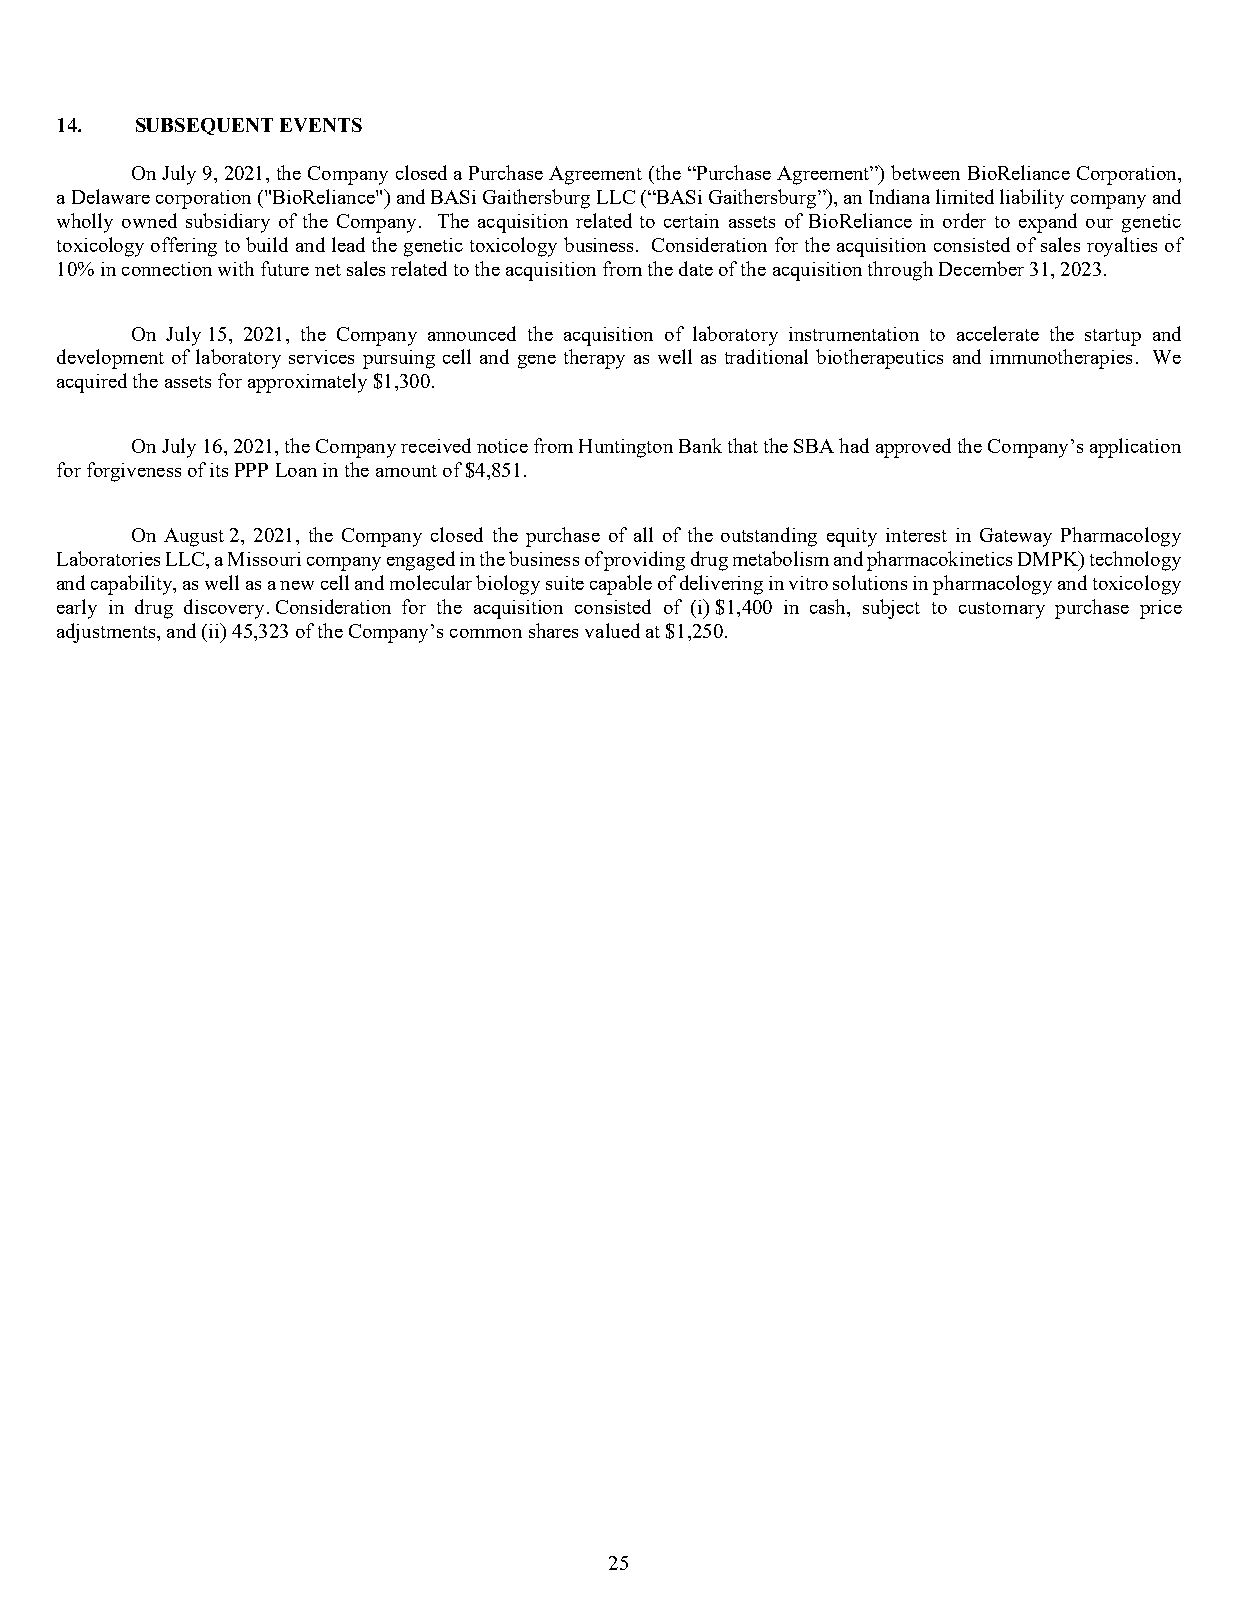
14.  SUBSEQUENT EVENTS
 On July 9, 2021, the Company closed a Purchase Agreement (the “Purchase Agreement”) between BioReliance Corporation,
 a Delaware corporation ("BioReliance") and BASi Gaithersburg LLC (“BASi Gaithersburg”), an Indiana limited liability company and
 wholly owned subsidiary of the Company. The acquisition related to certain assets of BioReliance in order to expand our genetic
 toxicology offering to build and lead the genetic toxicology business. Consideration for the acquisition consisted of sales royalties of
 10% in connection with future net sales related to the acquisition from the date of the acquisition through December 31, 2023.
 On July 15, 2021, the Company announced the acquisition of laboratory instrumentation to accelerate the startup and
 development of laboratory services pursuing cell and gene therapy as well as traditional biotherapeutics and immunotherapies. We
 acquired the assets for approximately $1,300.
 On July 16, 2021, the Company received notice from Huntington Bank that the SBA had approved the Company’s application
 for forgiveness of its PPP Loan in the amount of $4,851.
 On August 2, 2021, the Company closed the purchase of all of the outstanding equity interest in Gateway Pharmacology
 Laboratories LLC, a Missouri company engaged in the business of providing drug metabolism and pharmacokinetics DMPK) technology
 and capability, as well as a new cell and molecular biology suite capable of delivering in vitro solutions in pharmacology and toxicology
 early in drug discovery. Consideration for the acquisition consisted of (i) $1,400 in cash, subject to customary purchase price
 adjustments, and (ii) 45,323 of the Company’s common shares valued at $1,250.
 25